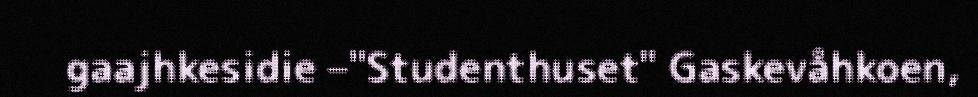
gaajhkesidie –"Studenthuset" Gaskevåhkoen,